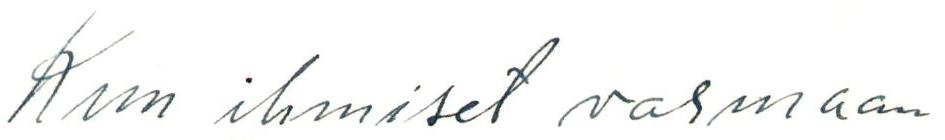
Kun ihmiset varmaan